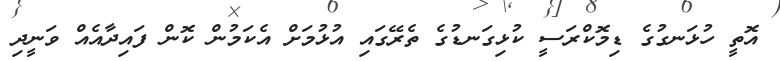
އޮތީ ހުޅަނގުގެ ޑިމޮކްރަސީ ކުޅިގަނޑުގެ ތެރޭގައި އުޅުމަށް އެކަމުން ކޮން ފައިދާއެއް ވަނީދި